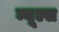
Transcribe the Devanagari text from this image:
म्यूल्स